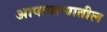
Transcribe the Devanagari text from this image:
आपापल्यातील